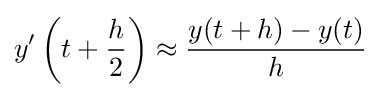
y'\left(t+{\frac {h}{2}}\right)\approx {\frac {y(t+h)-y(t)}{h}}